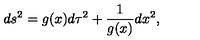
d s ^ { 2 } = g ( x ) d \tau ^ { 2 } + { \frac { 1 } { g ( x ) } } d x ^ { 2 } ,